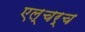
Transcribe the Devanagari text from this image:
एल्चर्च